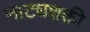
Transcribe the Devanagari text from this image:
नाट्यशक्ती